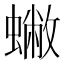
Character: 𧒀